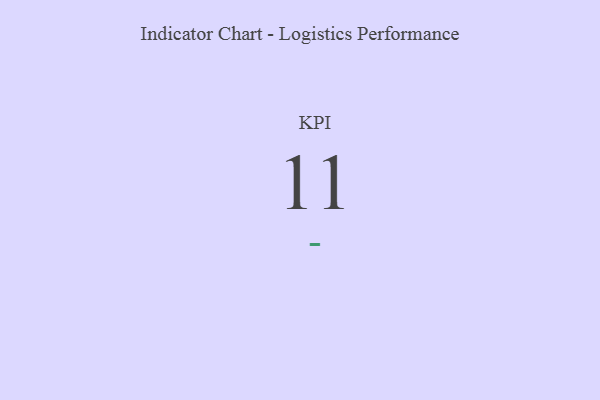
{"axis": {"x": "KPI", "y": "Value"}, "legend": [""], "data": [{"x": "KPI", "y": 11, "type": ""}]}